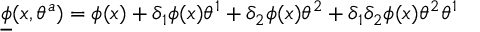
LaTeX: { \underline { { \phi } } } ( x , \theta ^ { a } ) = \phi ( x ) + \delta _ { 1 } \phi ( x ) \theta ^ { 1 } + \delta _ { 2 } \phi ( x ) \theta ^ { 2 } + \delta _ { 1 } \delta _ { 2 } \phi ( x ) \theta ^ { 2 } \theta ^ { 1 }